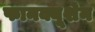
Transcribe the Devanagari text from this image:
फानक्यूशेन